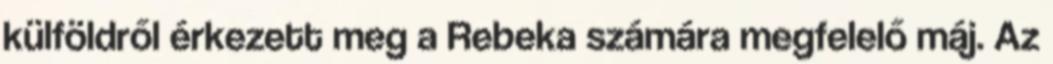
külföldről érkezett meg a Rebeka számára megfelelő máj. Az